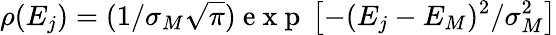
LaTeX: \rho(E_{j})=(1/\sigma_{M}\sqrt\pi)\mathrm{~e~x~p~}\left[-(E_{j}-E_{M})^{2}/\sigma_{M}^{2}\right]